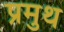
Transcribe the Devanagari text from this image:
प्रमुथ